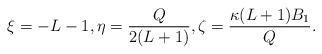
LaTeX: \begin{align*} \xi = -L-1, \eta = \frac{Q}{2(L+1)}, \zeta = \frac{\kappa(L+1)B_1}{Q}. \end{align*}